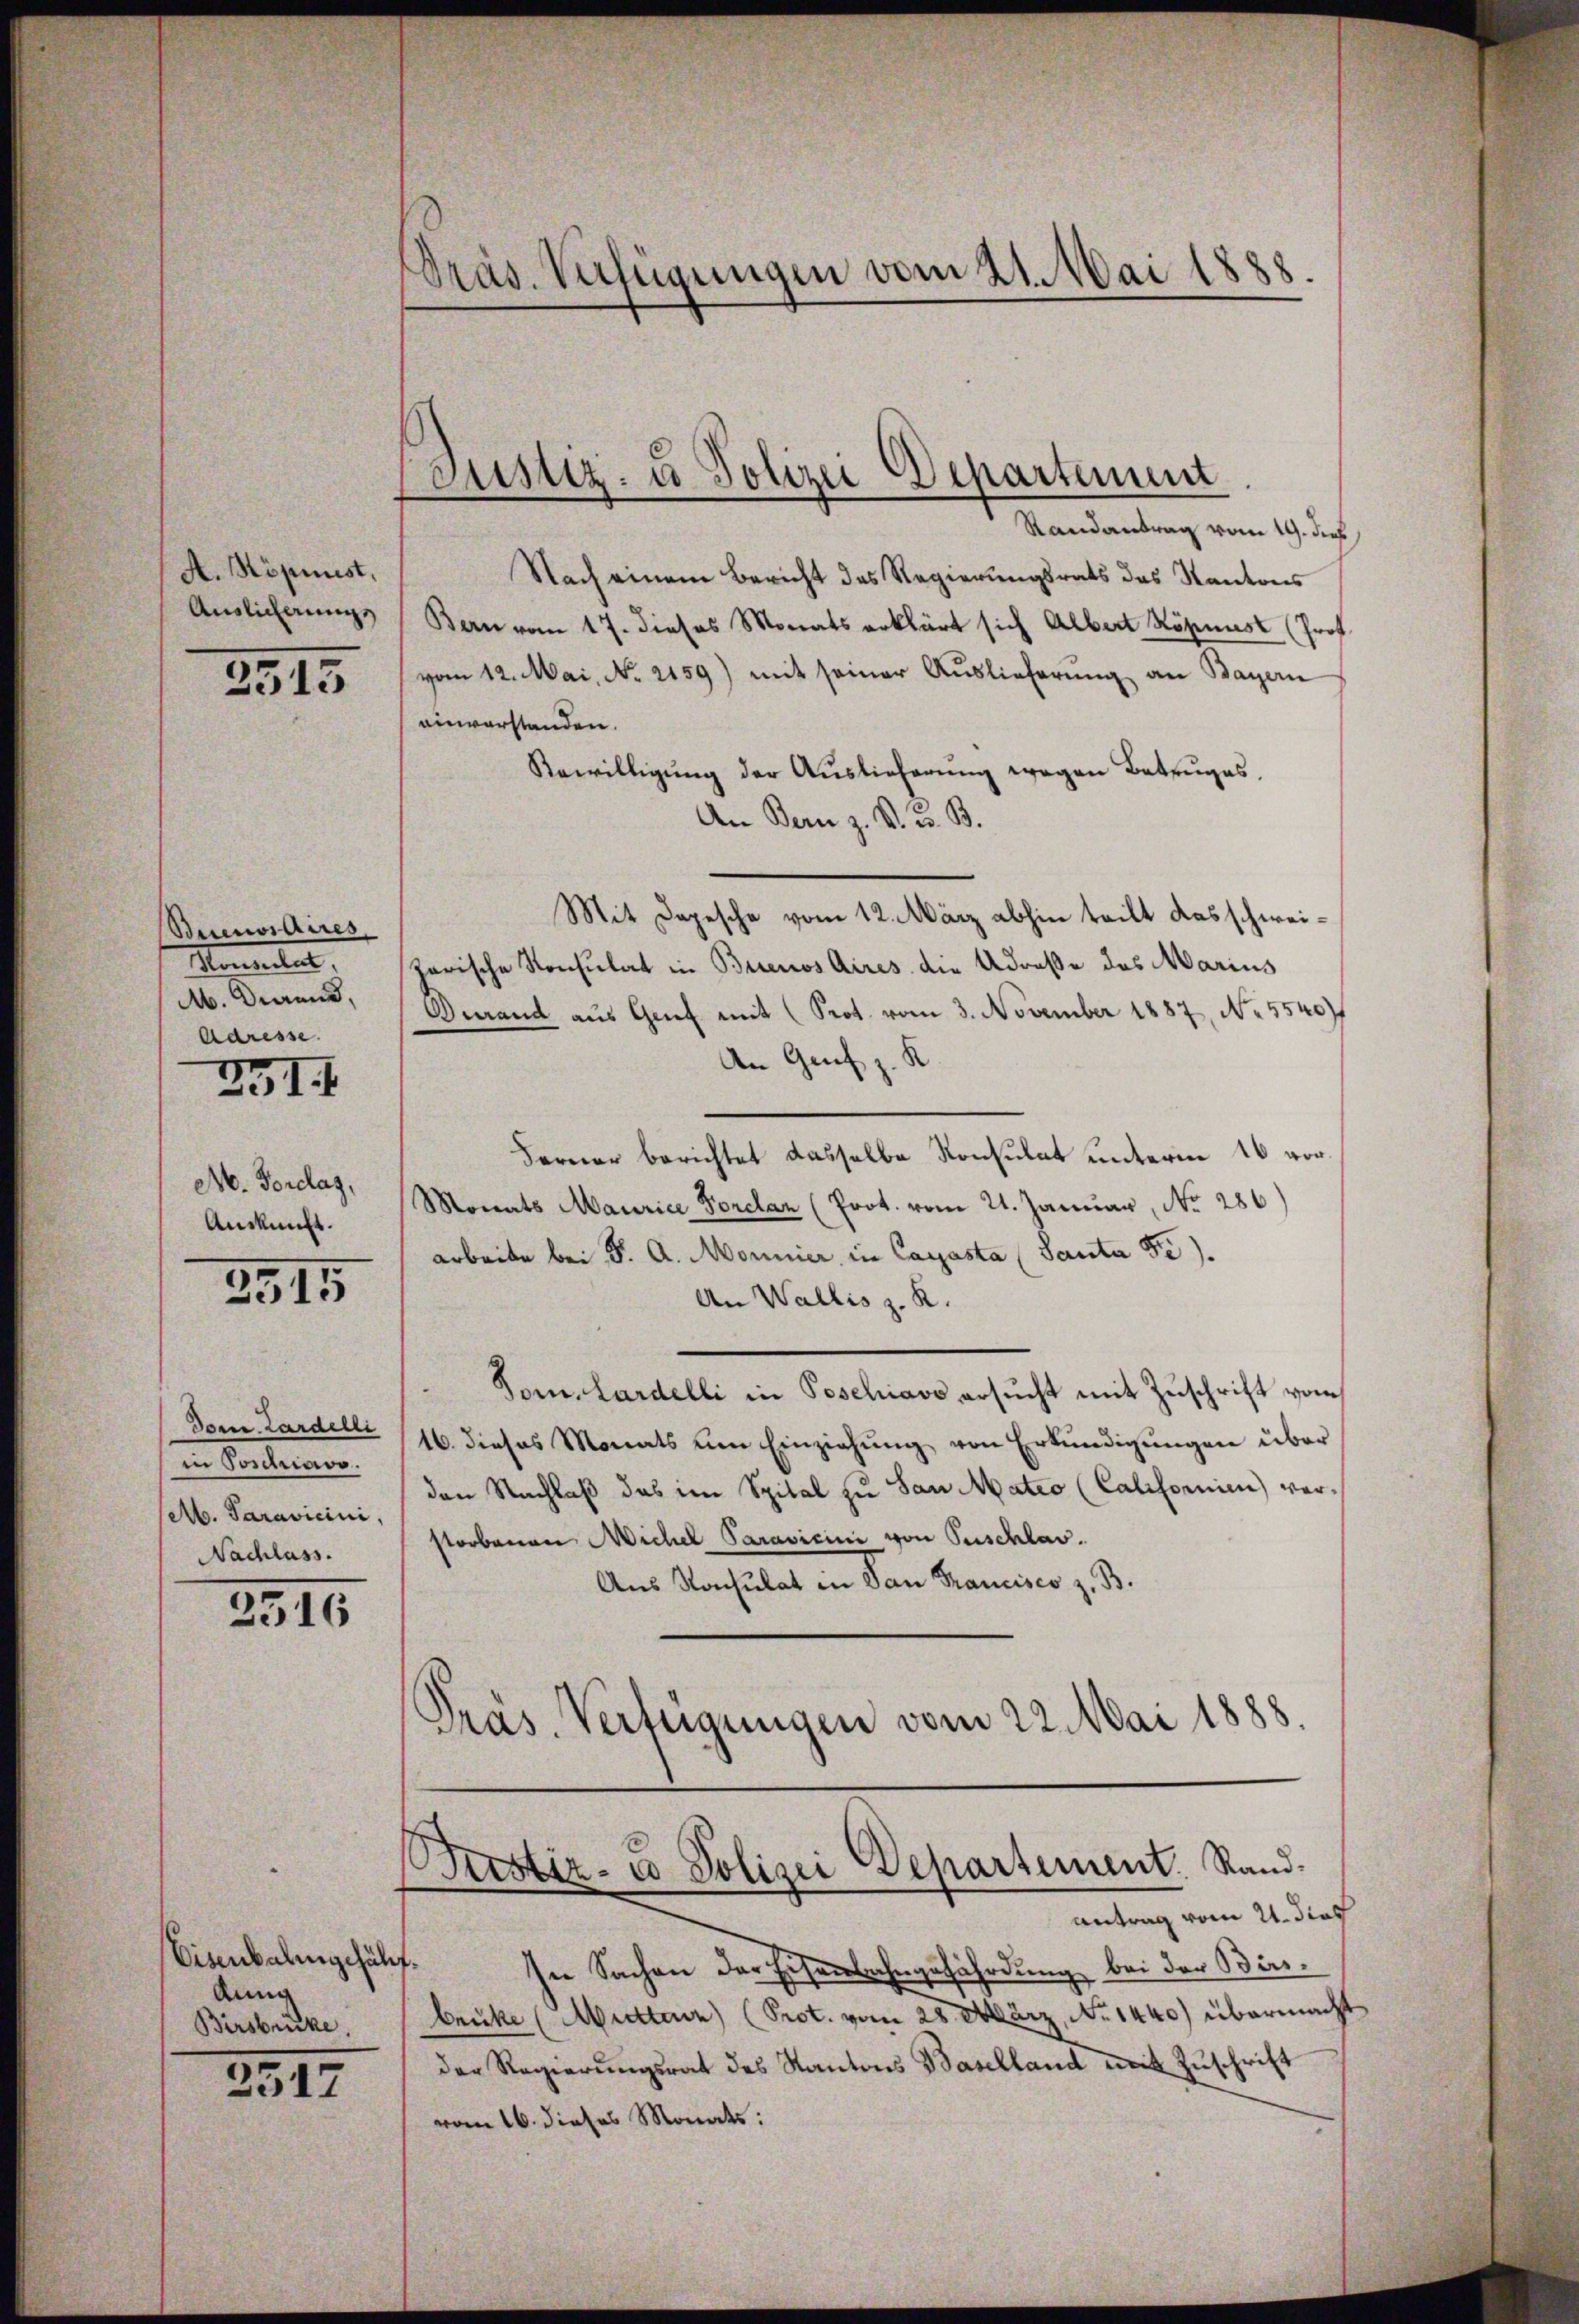
A. Nöpinist,
Auslicherung

2513

Beevidires,
Manteilet,
M. Dierend,
Adresse.
291. 4

A. Forclag,
Auskunft.

2515

dom. Lardelli
in Poschiavo.
Ab. Paravicini,
Nachlass.

2316

Eisenbalingehält.
Anni
Bersbrücke.

3517

Präs. Verfügungen vom 21. Mai 1888

Justiz- u Polizei Departement

Randantrag vom 19. dies
Nach einem Bericht des Regierungsrats das Kantrees
Bern vom 17. dieses Monats erklärt sich Albert Köpnust (Prof.
vom 12. Mai, No. 2159) mit seiner Auslieferung an Bayern
einverstanden.
Bewilligung der Auslieferung wegen Betruges.
An Bern z. B. G. B.
Mit Depesche vom 12. März abhin teilt das schweiharische Konsulat in Buenos Aires die Adreße des Marius
Durand aus Genf mit (Prot. vom 3. November 1887, No. 5540
An Genf z. K
Ferner berichtet dasselbe Konsulat unterm 16 vor¬
Monats Maurice Forclaz (Prot. vom 21. Januar, No. 286)
arbeite bei F. A. Monnier in Carasta (Santa 5e).
An Wallis z. K.
Tomlardelli in Poschiavo ersucht mit Zuschrift vom
16. dieses Monats um Einziehŭng von Erkundigŭngen über
den Nachlaβ das im Spital zu San Mateo (Californien) verstorbenen Michel Paravicini von Puschlav.
Aus Nachlat in San Francisco z. B.
Pras. Verfügungen vom 22. Mai 1888.

Tustiz- u Polizei Departement. Randantrag vom 21. dies

In Sachen der Eisenbahngefährdung bei der Birsbrüke (Mutter) (Prot. vom 28. März, No 1440) übermacht
der Regierungsrat des Kantons Baselland mit Zuschrift
vom 16. dieses Monats: